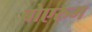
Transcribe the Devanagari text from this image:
बोएरुम